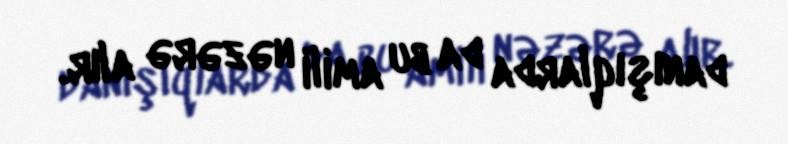
danışıqlarda da bu amili nəzərə alır.